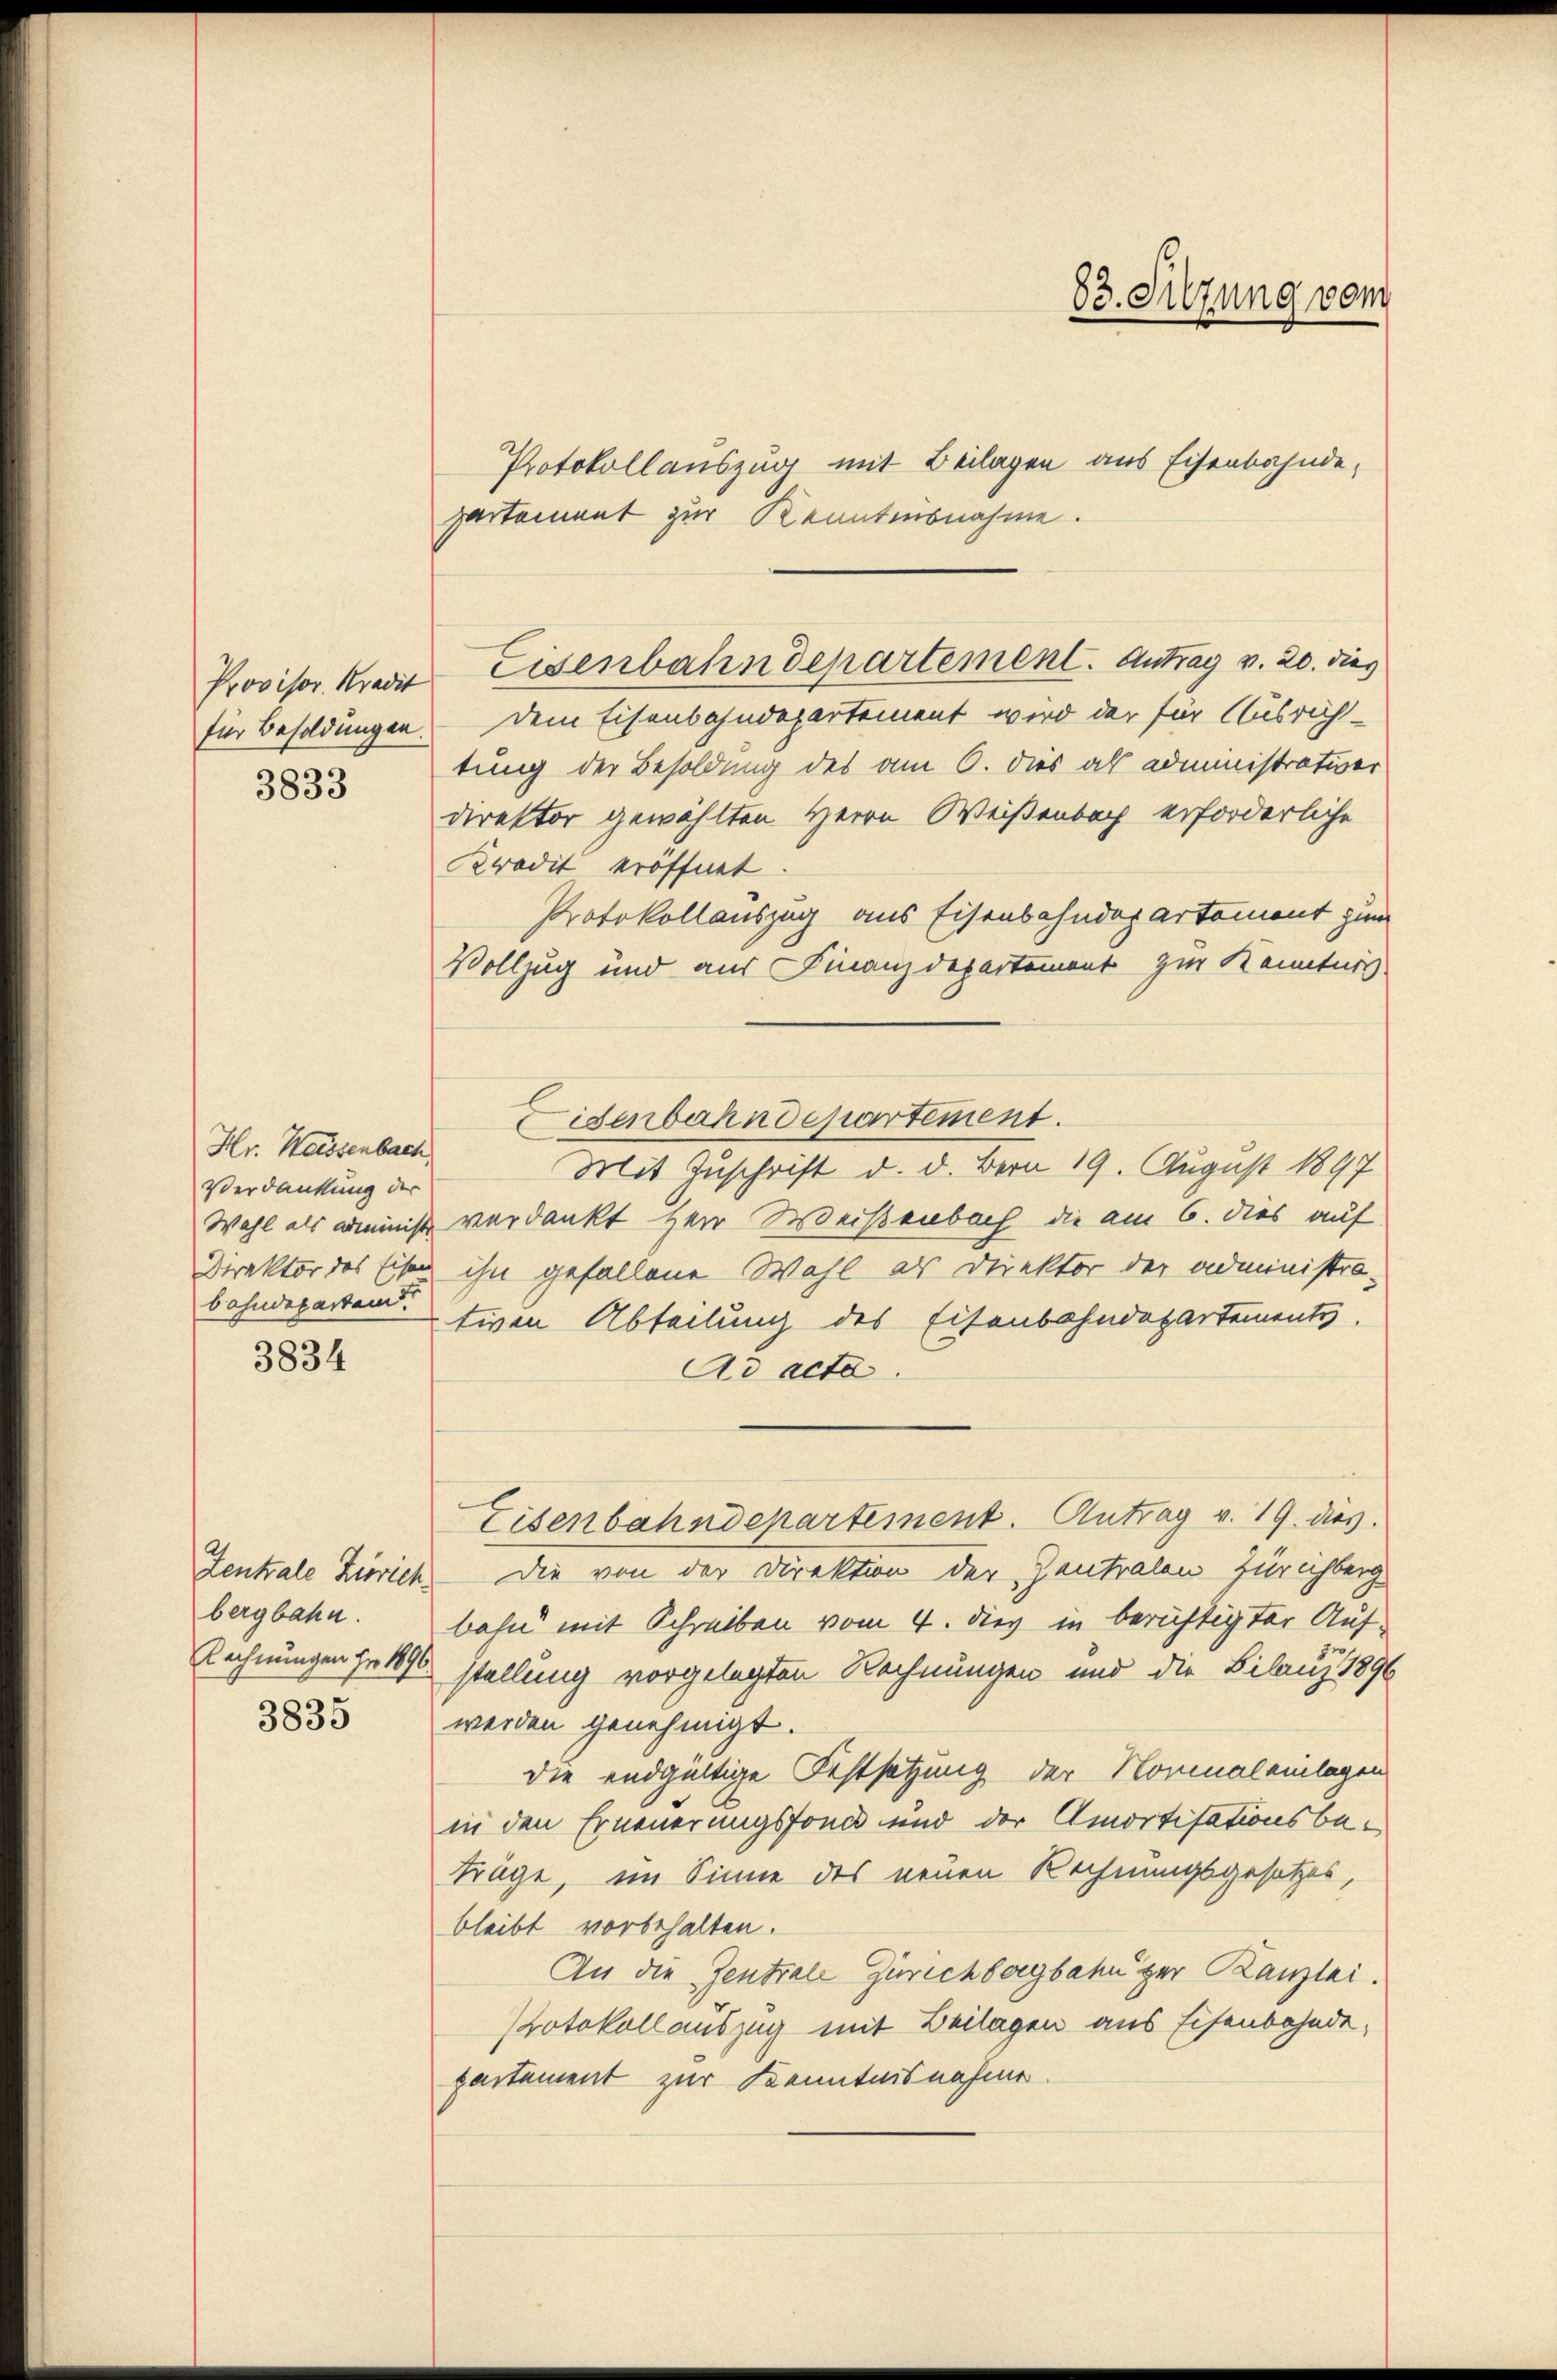
3833

Hr. Kassenbach
Verdankung der
bahndeparten.

3834

bergbahn.
3835

Protokollauszug mit Beilagen aus Eisenbahnde,
partement zur Kenntnisnahme.
für Besoldungen. Dem Eisenbahndepartement wird der für Ausrich-
tung der Besoldung des am 6. dies als administrativer
direktor gewählten Herrn Weißenbach erforderliche
Kredit eröffnet
Protokollauszug aus Eisenbahndepartement zum
Vollzug und aus Finanzdepartement zur Kenntnis
Eisenbahndepartement.
Mit Zuschrift d. d. Bern 19. August 1897
Wahl als amminist verdankt Herr Weißenbach die am 6. dies auf
Direktor des Eisen ihn gefallene Wahl als Direktor der administra-
tiven Abteilung des Eisenbahndepartements
Ad acta.
Eisenbahndepartement. Antrag v. 19. dies
Zentrale Zürich. Die von der Direktion der Zentralen Zürichberg
bahn mit Schreiben vom 4. dies in berüchtigter Auf¬
Rechnungen sr 1896 stellung vorgelegten Rechnungen und die Bilanz 1896
werden genehmigt.
die endgültige Festsetzung der Normaleilagen
in den Erneuerungsfonds und der Amortisationsbetrüge, im Sinne des neuen Rechnungsgesetzes,
bleibt vorbehalten.
An die Zentrale Zürichbergbahn zur Kanzlei.
Protokollauszug mit Beilagen aus Eisenbahndepartement zur Kenntnisnahme

Provisor Krer Eisenbahndepartement. Antrag v. 20. dies

83. Sitzung vom